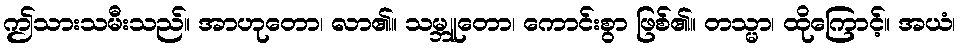
ဤသားသမီးသည်။ အာဟုတော၊ လာ၏။ သမ္ဘူတော၊ ကောင်းစွာ ဖြစ်၏။ တသ္မာ၊ ထိုကြောင့်။ အယံ၊